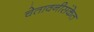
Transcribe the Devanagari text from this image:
चेतावनीसंकेत